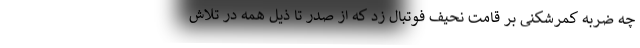
چه ضربه کمرشکنی بر قامت نحیف فوتبال زد که از صدر تا ذیل همه در تلاش